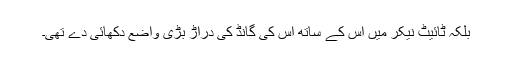
بلکہ ٹائیٹ نیکر میں اس کے ساتھ اس کی گانڈ کی دراڑ بڑی واضع دکھائی دے تھی۔